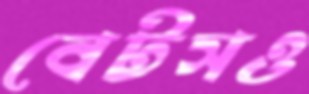
বেটসও